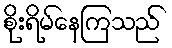
စိုးရိမ်နေကြသည်